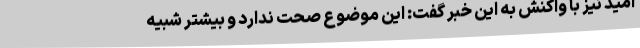
امید نیز با واکنش به این خبر گفت: این موضوع صحت ندارد و بیشتر شبیه